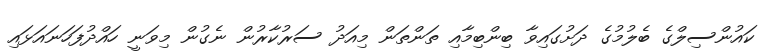
ކައުންސިލްގެ ބެލުމުގެ ދަށުގައިވާ ބިންބިމާއި ތަންތަން މިއަދު ސަރުކާރުން ނެގުން މިވަނީ ހައްދުފަހަނައަޅައި